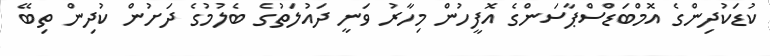
ކުޑަކުދިންގެ އޮމްބަޑްސްޕާސަންގެ އޮފީހުން މިހާރު ވަނީ ދައުލަތުގެ ބެލުމުގެ ދަށުން ކުދިން ތިބޭ